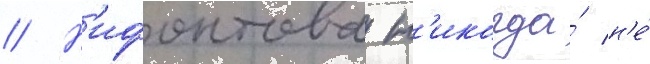
// Н'ифонтова н'икогда́ н'е́